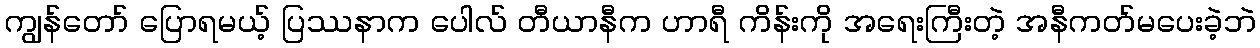
ကျွန်တော် ပြောရမယ့် ပြဿနာက ပေါလ် တီယာနီက ဟာရီ ကိန်းကို အရေးကြီးတဲ့ အနီကတ်မပေးခဲ့ဘဲ